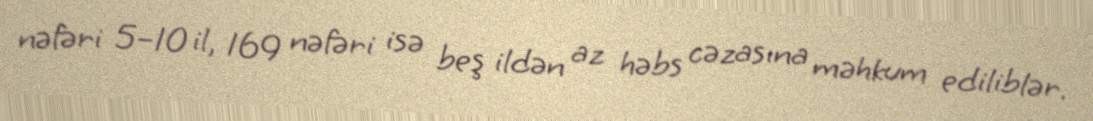
nəfəri 5–10 il, 169 nəfəri isə beş ildən az həbs cəzasına məhkum ediliblər.